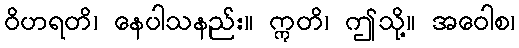
ဝိဟရတိ၊ နေပါသနည်း။ ဣတိ၊ ဤသို့။ အဝေါစ၊